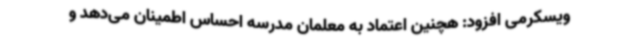
ویسکرمی افزود: هچنین اعتماد به معلمان مدرسه احساس اطمینان می‌دهد و